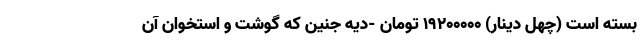
بسته است (چهل دینار) ۱۹۲۰۰۰۰۰ تومان -دیه جنین که گوشت و استخوان آن